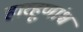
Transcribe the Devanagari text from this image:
हारहूणांश्च